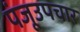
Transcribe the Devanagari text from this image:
पंजूउपचार